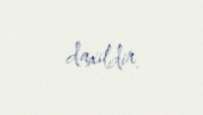
daxildir.